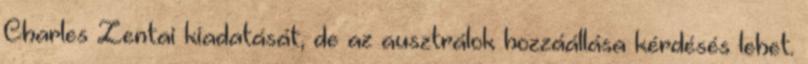
Charles Zentai kiadatását, de az ausztrálok hozzáállása kérdésés lehet.